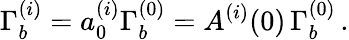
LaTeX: \Gamma_{b}^{(i)}=a_{0}^{(i)}\Gamma_{b}^{(0)}=A^{(i)}(0)\, \Gamma_{b}^{(0)}\, .